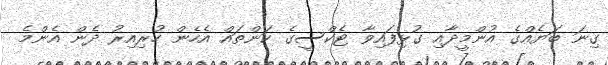
ގިނަ ބަޔެއްގެ އުންމީދާއި ގުޅިފައިވާ ޓެކްސީގެ ކަންތައް އެހެން ހުރިއިރު ދެން އެންމެ